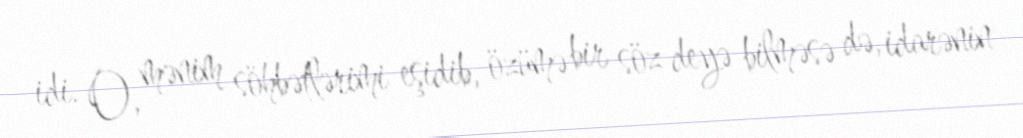
idi. O, mənim söhbətlərimi eşidib, özümə bir söz deyə bilməsə də, idarənin